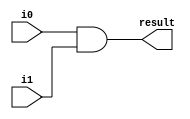
module AND(i0,i1,result);
  parameter n = 16;
  input[n-1:0] i0,i1;
  output[n-1:0] result; 

  assign result = (i0 & i1);
  
endmodule